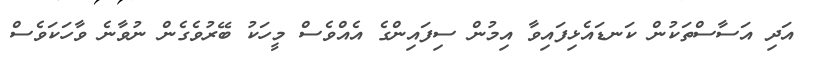
އަދި އަސާސްތަކުން ކަނޑައެޅިފައިވާ އިމުން ސިފައިންގެ އެއްވެސް މީހަކު ބޭރުވެގެން ނުވާނެ ވާހަކަވެސް